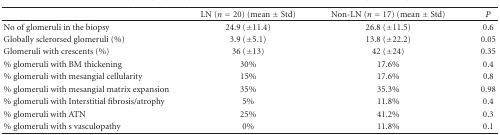
<table><thead><tr><td>[EMPTY_CELL]</td><td><b>LN (<i>n</i> = 20) (mean ± Std)</b></td><td><b>Non-LN (<i>n</i> = 17) (mean ± Std)</b></td><td><b><i>P</i></b></td></tr></thead><tbody><tr><td>No of glomeruli in the biopsy</td><td>24.9 (±11.4)</td><td>26.8 (±11.5)</td><td>0.6</td></tr><tr><td>Globally sclerorsed glomeruli (%)</td><td>3.9 (±5.1)</td><td>13.8 (±22.2)</td><td>0.05</td></tr><tr><td>Glomeruli with crescents (%)</td><td>36 (±13)</td><td>42 (±24)</td><td>0.35</td></tr><tr><td>% glomeruli with BM thickening</td><td>30%</td><td>17.6%</td><td>0.4</td></tr><tr><td>% glomeruli with mesangial cellularity</td><td>15%</td><td>17.6%</td><td>0.8</td></tr><tr><td>% glomeruli with mesangial matrix expansion</td><td>35%</td><td>35.3%</td><td>0.98</td></tr><tr><td>% glomeruli with Interstitial fibrosis/atrophy</td><td>5%</td><td>11.8%</td><td>0.4</td></tr><tr><td>% glomeruli with ATN</td><td>25%</td><td>41.2%</td><td>0.3</td></tr><tr><td>% glomeruli with s vasculopathy</td><td>0%</td><td>11.8%</td><td>0.1</td></tr></tbody></table>